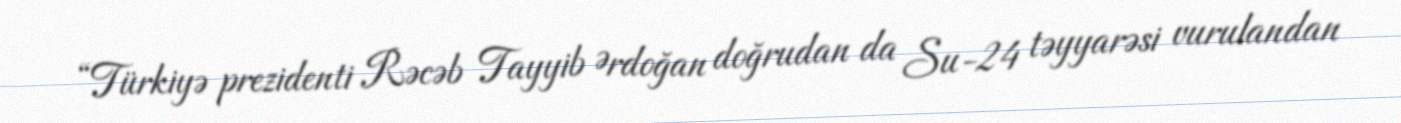
“Türkiyə prezidenti Rəcəb Tayyib Ərdoğan doğrudan da Su-24 təyyarəsi vurulandan